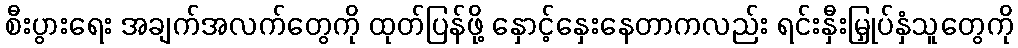
စီးပွားရေး အချက်အလက်တွေကို ထုတ်ပြန်ဖို့ နှောင့်နှေးနေတာကလည်း ရင်းနှီးမြှုပ်နှံသူတွေကို